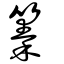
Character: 𥱧